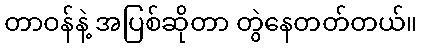
တာဝန်နဲ့ အပြစ်ဆိုတာ တွဲနေတတ်တယ်။